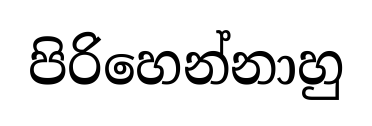
පිරිහෙන්නාහු